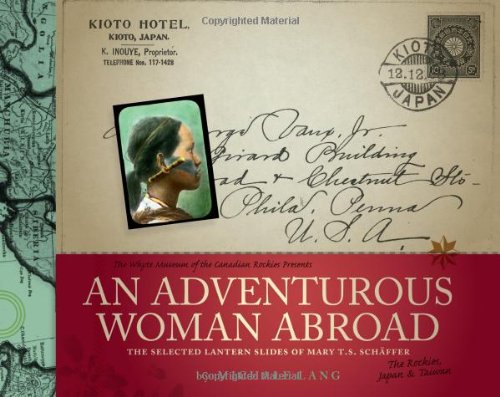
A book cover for An Adventurous Woman Abroad: The Selected Lantern Slides of Mary T.S. Schaffer (The Whyte Museum of the Canadian Rockies Presents); Michale Lang; Travel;